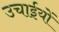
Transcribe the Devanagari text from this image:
उचाईयों